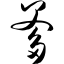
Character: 爹